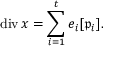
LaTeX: \operatorname { d i v } x = \sum _ { i = 1 } ^ { t } e _ { i } [ { \mathfrak { p } } _ { i } ] .